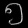
Digit: ၅